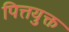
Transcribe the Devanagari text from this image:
पित्तयुक्त